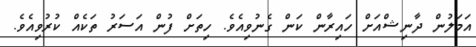
އަމަލުން ދާނިޝްއަށް ހައިރާން ކަން ގެނުވިއެވެ. ހިތަށް ފުން އަސަރު ތަކެއް ކުރުވިއެވެ.